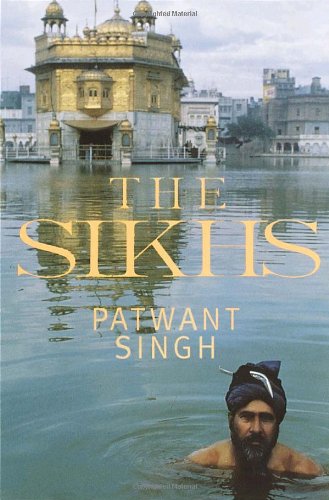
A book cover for The Sikhs; Patwant Singh; Religion & Spirituality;